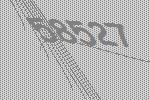
58527